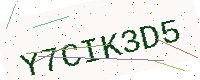
Text: Y7CIK3D5